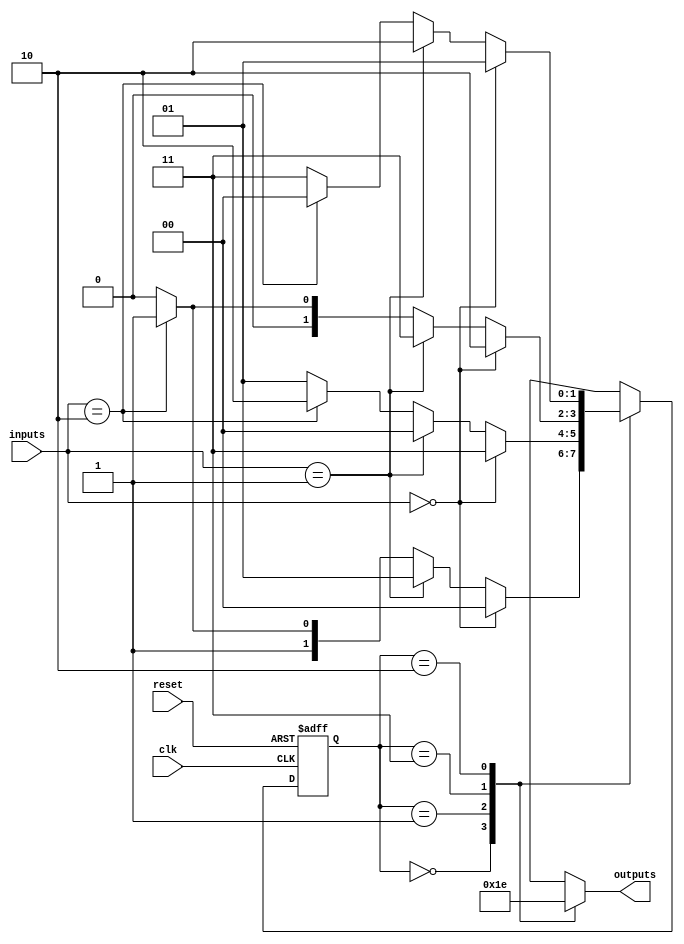
module Gray_Code_StateMachine (
    input wire clk,              // Clock signal
    input wire reset,            // Reset signal
    input wire [1:0] inputs,     // Input signals
    output wire [1:0] outputs    // Output signals
);

    // State encoding in Gray code
    parameter S0 = 2'b00;        // State 0
    parameter S1 = 2'b01;        // State 1
    parameter S2 = 2'b11;        // State 2
    parameter S3 = 2'b10;        // State 3

    // State register
    reg [1:0] state_reg;
    reg [1:0] next_state;

    always @(posedge clk or posedge reset) begin
        if (reset) begin
            state_reg <= S0;
        end else begin
            state_reg <= next_state;
        end
    end

    // Next state logic
    always @* begin
        case (state_reg)
            S0: begin
                if (inputs == 2'b00) begin
                    next_state = S0;
                end else if (inputs == 2'b01) begin
                    next_state = S1;
                end else if (inputs == 2'b10) begin
                    next_state = S2;
                end else begin
                    next_state = S3;
                end
            end
            S1: begin
                if (inputs == 2'b00) begin
                    next_state = S2;
                end else if (inputs == 2'b01) begin
                    next_state = S0;
                end else if (inputs == 2'b10) begin
                    next_state = S3;
                end else begin
                    next_state = S1;
                end
            end
            S2: begin
                if (inputs == 2'b00) begin
                    next_state = S3;
                end else if (inputs == 2'b01) begin
                    next_state = S2;
                end else if (inputs == 2'b10) begin
                    next_state = S1;
                end else begin
                    next_state = S0;
                end
            end
            S3: begin
                if (inputs == 2'b00) begin
                    next_state = S1;
                end else if (inputs == 2'b01) begin
                    next_state = S3;
                end else if (inputs == 2'b10) begin
                    next_state = S0;
                end else begin
                    next_state = S2;
                end
            end
        endcase
    end

    // Output logic based on current state
    always @* begin
        case (state_reg)
            S0: begin
                outputs = 2'b00;
            end
            S1: begin
                outputs = 2'b01;
            end
            S2: begin
                outputs = 2'b11;
            end
            S3: begin
                outputs = 2'b10;
            end
        endcase
    end

endmodule